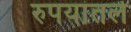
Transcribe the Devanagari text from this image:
रुपयांतले